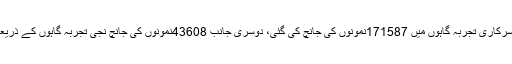
ایک طرف سرکاری تجربہ گاہوں میں 171587نمونوں کی جانچ کی گئی، دوسری جانب 43608نمونوں کی جانچ نجی تجربہ گاہوں کے ذریعے کی گئی۔